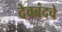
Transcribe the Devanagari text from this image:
देवबंदचे